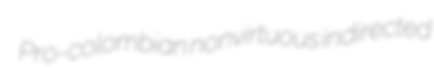
Pro-colombian nonvirtuous indirected